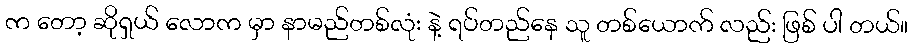
က တော့ ဆိုရှယ် လောက မှာ နာမည်တစ်လုံး နဲ့ ရပ်တည်နေ သူ တစ်ယောက် လည်း ဖြစ် ပါ တယ်။